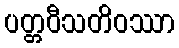
ပတ္တဝီသတိဝဿာ